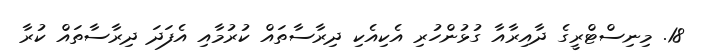
18. މިނިސްޓްރީގެ ދާއިރާއާ ގުޅުންހުރި އެކިއެކި ދިރާސާތައް ކުރުމާއި އެފަދަ ދިރާސާތައް ކުރާ